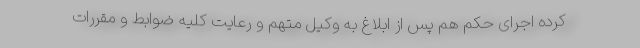
کرده اجرای حکم هم پس از ابلاغ به وکیل متهم و رعایت کلیه ضوابط و مقررات